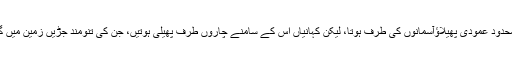
علمِ حساب کا غیر محدود عمودی پھیلاؤآسمانوں کی طرف ہوتا، لیکن کہانیاں اس کے سامنے چاروں طرف پھیلی ہوتیں، جن کی تنومند جڑیں زمین میں گہری پیوست ہوتیں۔